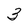
Character: 3